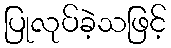
ပြုလုပ်ခဲ့သဖြင့်